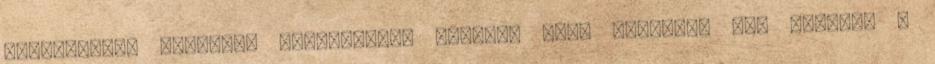
Barangoljon Brüsszel macskaköves utcáin, majd kóstolja meg helyben a